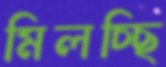
মিলচ্ছি